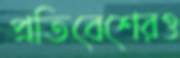
প্রতিবেশেরও